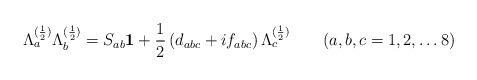
LaTeX: \begin{align*}\Lambda_a ^{(\frac{1}{2})} \Lambda_b ^{(\frac{1}{2})}= S_{ab}{\bf 1} + \frac{1}{2}\, (d_{abc} + i f_{abc} )\,\Lambda_c ^{(\frac{1}{2})} \quad \quad (a,b,c = 1,2,\dots 8)\end{align*}